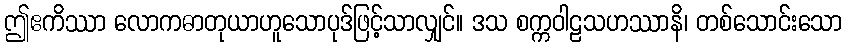
ဤဧကိဿာ လောကဓာတုယာဟူသောပုဒ်ဖြင့်သာလျှင်။ ဒသ စက္ကဝါဠသဟဿာနိ၊ တစ်သောင်းသော